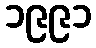
၁၉၉၁